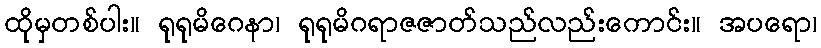
ထိုမှတစ်ပါး။ ရုရုမိဂေနာ၊ ရုရုမိဂရာဇဇာတ်သည်လည်းကောင်း။ အပရော၊